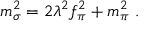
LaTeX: m _ { \sigma } ^ { 2 } = 2 \lambda ^ { 2 } f _ { \pi } ^ { 2 } + m _ { \pi } ^ { 2 } ~ .